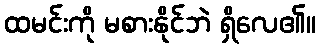
ထမင်းကို မစားနိုင်ဘဲ ရှိလေ၏။